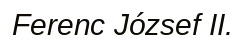
Ferenc József II.